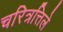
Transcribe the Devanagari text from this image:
चरित्रत्तिले